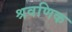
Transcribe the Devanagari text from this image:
श्रवणिक